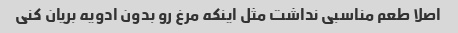
اصلا طعم مناسبی نداشت مثل اینکه مرغ رو بدون ادویه بریان کنی